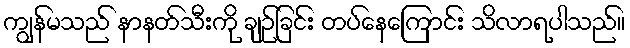
ကျွန်မသည် နာနတ်သီးကို ချဉ်ခြင်း တပ်နေကြောင်း သိလာရပါသည်။